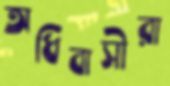
অধিবাসীরা